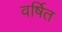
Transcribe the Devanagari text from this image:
वर्षित